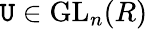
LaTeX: \mathtt{U}\in\operatorname{GL}_{n}(R)